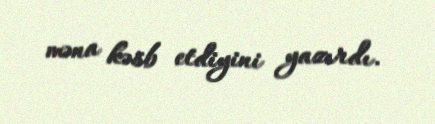
məna kəsb etdiyini yazırdı.